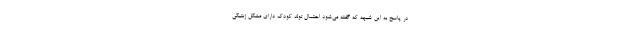
در پاسخ به این شبهه که گفته می‌شود احتمال تولد کودک دارای مشکل ژنتیکی